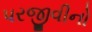
પરજીવીનો